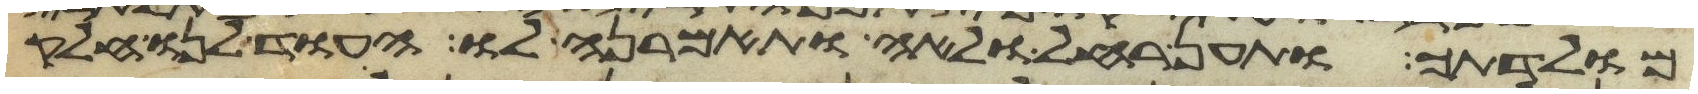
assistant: מולדתך ותען רחל ולאה ותאמרנה לו העוד לנו חלק